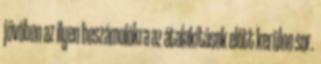
jövőben az ilyen beszámolókra az átalakítások előtt kerülne sor.